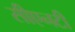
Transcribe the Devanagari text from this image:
सीएनटी